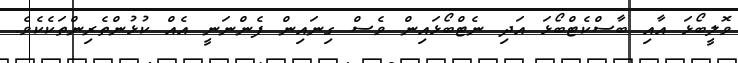
ވޮލީބޯޅަ އާއި ބާސްކެޓްބޯޅަ އަދި ނެޓްބޯޅައިން ވެސް ގިނައިން ފެންނަނީ އެއް ކުޅުންތެރިންތަކެކެވެ.